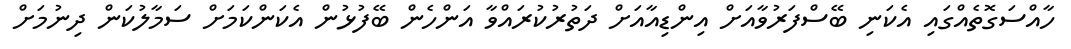
ހާއްސަގޮތެއްގައި އެކަނި ބޭސްފަރުވާއަށް އިންޑިއާއަށް ދަތުރުކުރައްވާ އަންހެން ބޭފުޅުން އެކަންކަމަށް ސަމާލުކަން ދިނުމަށް